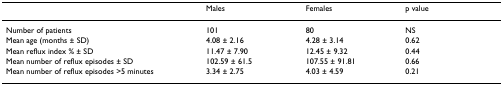
|  | Males | Females | p value |
 | --- | --- | --- | --- |
 | Number of patients | 101 | 80 | NS |
 | Mean age (months ± SD) | 4.08 ± 2.16 | 4.28 ± 3.14 | 0.62 |
 | Mean reflux index % ± SD | 11.47 ± 7.90 | 12.45 ± 9.32 | 0.44 |
 | Mean number of reflux episodes ± SD | 102.59 ± 61.5 | 107.55 ± 91.81 | 0.66 |
 | Mean number of reflux episodes >5 minutes | 3.34 ± 2.75 | 4.03 ± 4.59 | 0.21 |